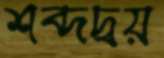
শব্দদ্বয়